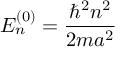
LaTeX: E _ { n } ^ { ( 0 ) } = { \frac { \hbar ^ { 2 } n ^ { 2 } } { 2 m a ^ { 2 } } }